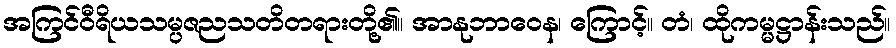
အကြင်ဝီရိယသမ္ပဇညသတိတရားတို့၏။ အာနုဘာဝေန၊ ကြောင့်။ တံ၊ ထိုကမ္မဋ္ဌာန်းသည်။